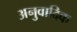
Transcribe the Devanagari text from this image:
अनुवादिक